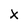
Character: x